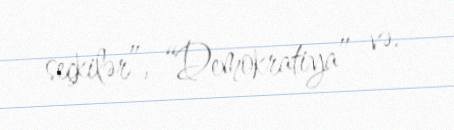
seçkilər”, “Demokratiya” və.